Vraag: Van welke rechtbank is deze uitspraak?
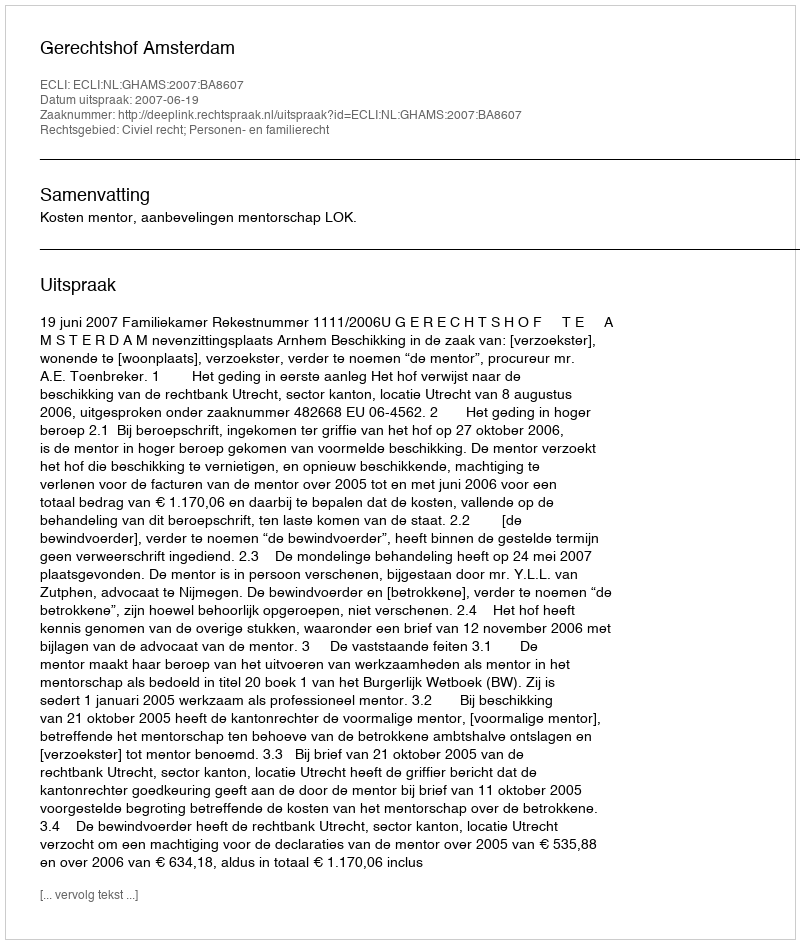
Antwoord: Gerechtshof Amsterdam